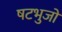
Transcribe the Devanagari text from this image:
षटभुजों